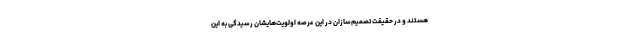
هستند و در حقیقت تصمیم‌سازان در این عرصه اولویت‌هایشان رسیدگی به این